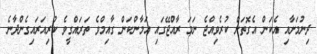
ދިނުމަށާއި އެކަން އެގޮތަށް ކުރެވިއްޖެ ނަމަ ރާއްޖޭގައި އަމާންކަން ގާއިމްވެ ތަރައްގީވެ ކުރިއަރައިގެންދާނެ